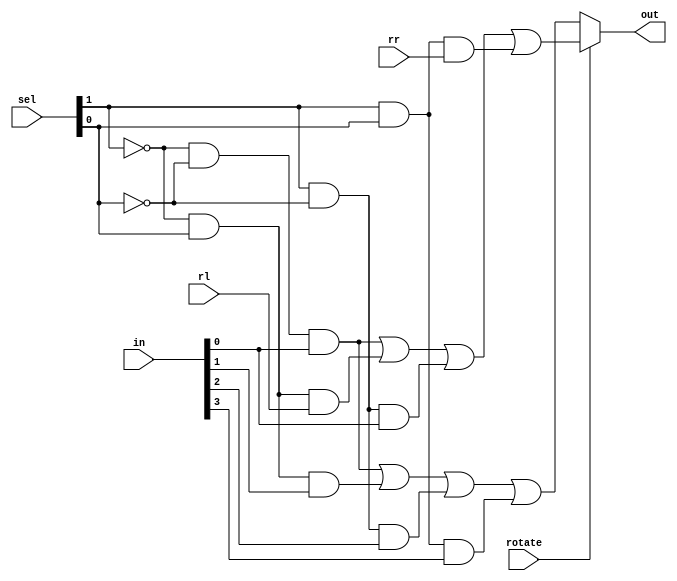
module mux8x1(
	input [3:0]in,
	input rl,rr,
	input [1:0]sel,
	input rotate,
	output out
);

assign out = rotate ?((~sel[1] & ~sel[0] & in[0]) |
              (~sel[1] & sel[0] & rl) |
              (sel[1] & ~sel[0] & in[0]) |
              (sel[1] & sel[0] & rr)):
				  ((~sel[1] & ~sel[0] & in[0]) |
              (~sel[1] & sel[0] & in[1]) |
              (sel[1] & ~sel[0] & in[2]) |
              (sel[1] & sel[0] & in[3]));

endmodule